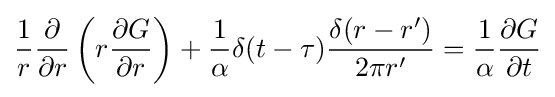
{\frac {1}{r}}{\frac {\partial }{\partial r}}\left(r{\frac {\partial G}{\partial r}}\right)+{\frac {1}{\alpha }}\delta (t-\tau ){\frac {\delta (r-r')}{2\pi r'}}={\frac {1}{\alpha }}{\frac {\partial G}{\partial t}}